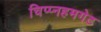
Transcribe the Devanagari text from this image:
चिप्प्नहमगेट